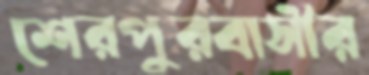
শেরপুরবাসীর